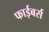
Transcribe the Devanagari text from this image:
फाईबर्स